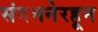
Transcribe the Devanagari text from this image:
संगमनेरहून